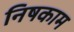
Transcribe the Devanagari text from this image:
निषकाम